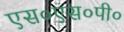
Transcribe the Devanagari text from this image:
एस०एस०पी०